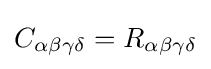
C_{\alpha \beta \gamma \delta }=R_{\alpha \beta \gamma \delta }